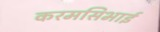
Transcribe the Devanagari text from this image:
करमसिभाई